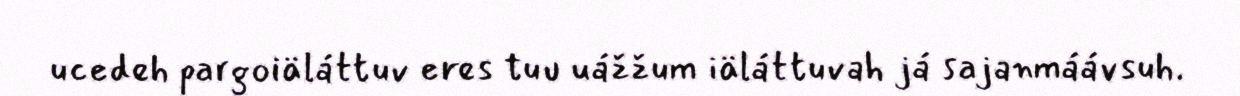
ucedeh pargoiäláttuv eres tuu uážžum iäláttuvah já sajanmáávsuh.